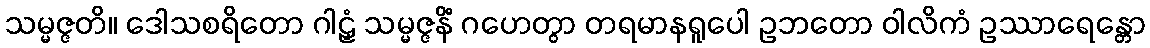
သမ္မဇ္ဇတိ။ ဒေါသစရိတော ဂါဠှံ သမ္မဇ္ဇနိံ ဂဟေတွာ တရမာနရူပေါ ဥဘတော ဝါလိကံ ဥဿာရေန္တော